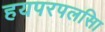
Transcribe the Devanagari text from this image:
हयपरपलसिा